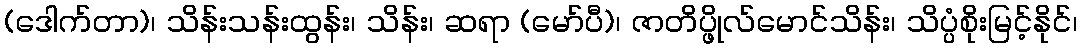
(ဒေါက်တာ)၊ သိန်းသန်းထွန်း၊ သိန်း၊ ဆရာ (မော်ပီ)၊ ဇာတိပ္ဖိုလ်မောင်သိန်း၊ သိပ္ပံစိုးမြင့်နိုင်၊